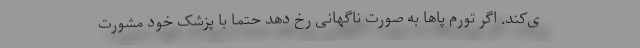
ی‌کند. اگر تورم پا‌ها به صورت ناگهانی رخ دهد حتما با پزشک خود مشورت